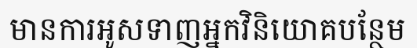
មានការអូសទាញអ្នកវិនិយោគបន្ថែម